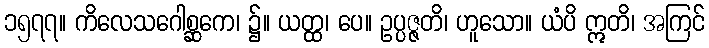
၁၅၇၇။ ကိလေသဂေါစ္ဆကေ၊ ၌။ ယတ္ထ၊ ပေ။ ဥပ္ပဇ္ဇတိ၊ ဟူသော။ ယံပိ ဣတိ၊ အကြင်